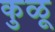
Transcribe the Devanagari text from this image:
कुळू